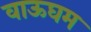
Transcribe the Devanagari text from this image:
वाऊघम